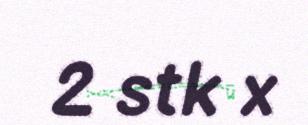
2 stk x